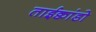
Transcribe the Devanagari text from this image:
ताईक्वांडो